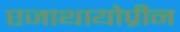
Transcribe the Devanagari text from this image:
एजाथायोप्रीन